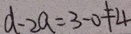
d - 2 a = 3 - 0 \neq 4